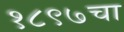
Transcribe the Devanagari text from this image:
१८९७चा